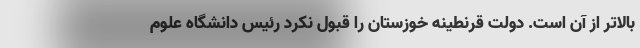
بالاتر از آن است. دولت قرنطینه خوزستان را قبول نکرد رئیس دانشگاه علوم